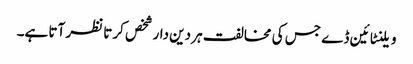
ویلنٹائین ڈے جس کی مخالفت ہر دین دار شخص کرتا نظر آتا ہے۔